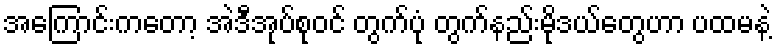
အကြောင်းကတော့ အဲဒီအုပ်စုဝင် တွက်ပုံ တွက်နည်းမိုဒယ်တွေဟာ ပထမနဲ့